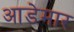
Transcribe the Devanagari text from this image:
आडेमार